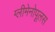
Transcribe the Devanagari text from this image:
ग्लीमेनोपूलस